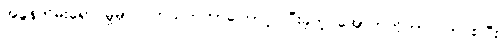
အခွန်တိမ်းရှောင်မှုမှာ ပတ်သက်တာကြောင့် ပြီးခဲ့တဲ့ အောက်တိုဘာလက စပြီး